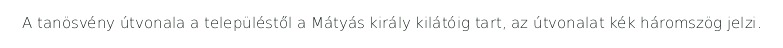
A tanösvény útvonala a településtől a Mátyás király kilátóig tart, az útvonalat kék háromszög jelzi.